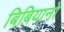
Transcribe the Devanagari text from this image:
बिबियानो